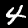
Digit: 4